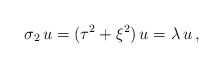
\begin{align*}\sigma_2 \,u=(\tau^2+\xi^2)\,u=\lambda\,u \,,\end{align*}